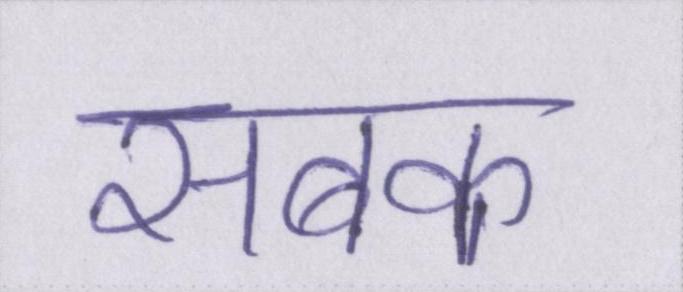
सबक